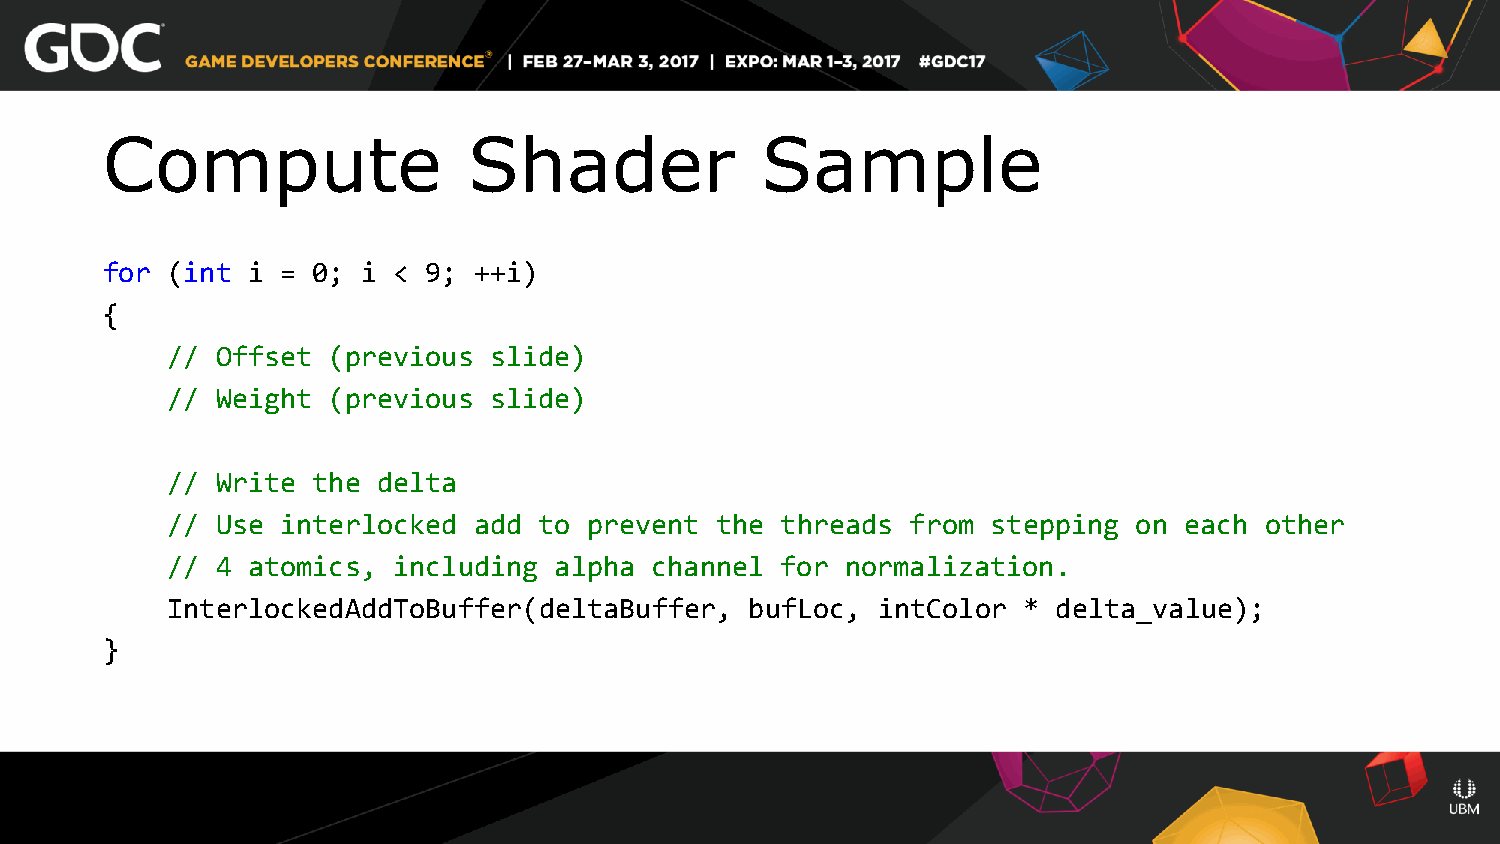
Compute                 Shader             Sample
 for (int i  = 0; i < 9; ++i)
 {
 // Offset  (previous slide)
 // Weight  (previous slide)
 // Write  the delta
 // Use  interlocked add  to prevent the  threads from  stepping on each  other
 // 4 atomics,  including  alpha channel  for normalization.
 InterlockedAddToBuffer(deltaBuffer,    bufLoc, intColor  * delta_value);
 }